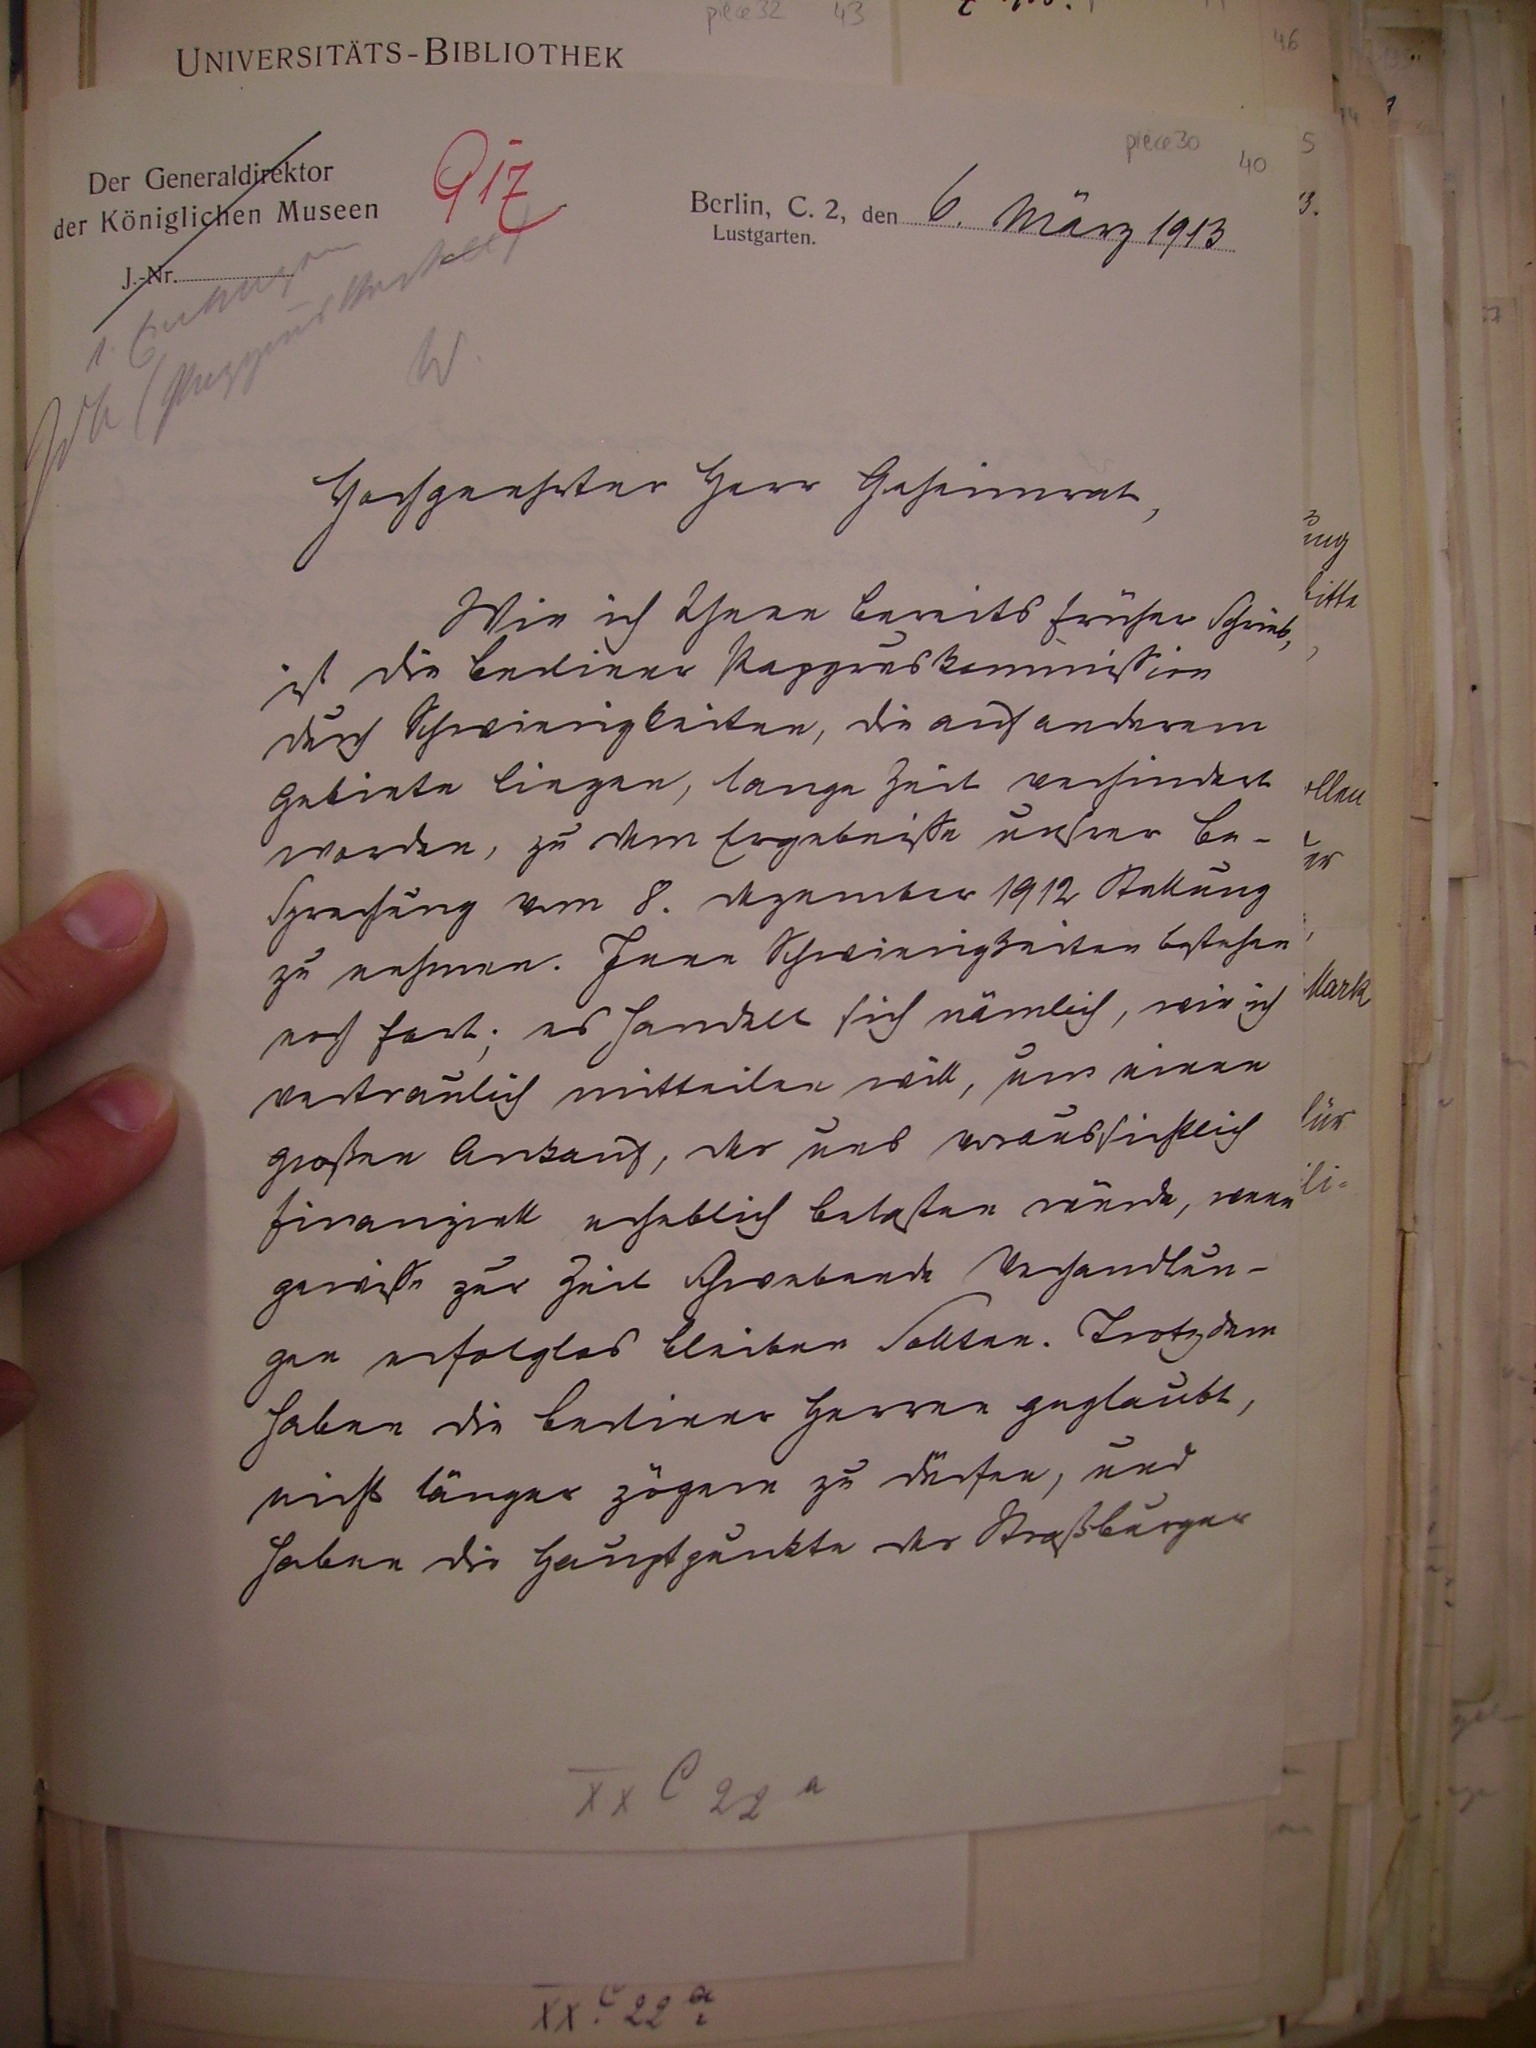
917
6. März 1913

Hochgeehrter Herr Geheimrat,
Wie ich Ihnen bereits früher schrieb,
ist die Berliner Papyruskommission
durch Schwierigkeiten, die auf anderen
Gebiete liegen, lange Zeit verhindert
worden, zu dem Ergebnis unserer Be¬
sprechung vom 8. Dezember 1912 Stellung
zu nehmen. Jene Schweierigkeiten bestehen
noch fort. es handelt sich nämlich, wie ich
nachträglich mitteilen will, um einen
großen Ankauf, der uns voraussichtlich
finanziell erheblich belasten würde, wenn
gewiße zur Zeit schwebende Verhandlun¬
gen erfolgslos bleiben sollten. Trotzdem
haben die berliner Herrn geglaubt,
nicht länger zögern zu dürfen, und
haben die Hauptpunkte der Straßburger